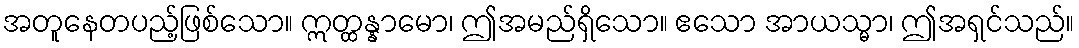
အတူနေတပည့်ဖြစ်သော။ ဣတ္ထန္နာမော၊ ဤအမည်ရှိသော။ ဧသော အာယသ္မာ၊ ဤအရှင်သည်။